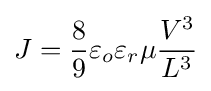
J={\frac {8}{9}}\varepsilon _{o}\varepsilon _{r}\mu {\frac {V^{3}}{L^{3}}}